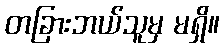
တခြားဘယ်သူမှ မရှိ။